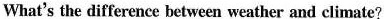
What's the difference between weather and climate?